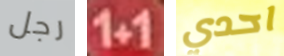
رجل 1+1 احدي